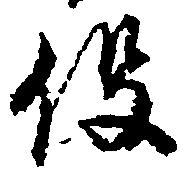
役